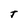
Character: J